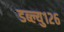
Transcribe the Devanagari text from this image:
डब्ल्यु१२६